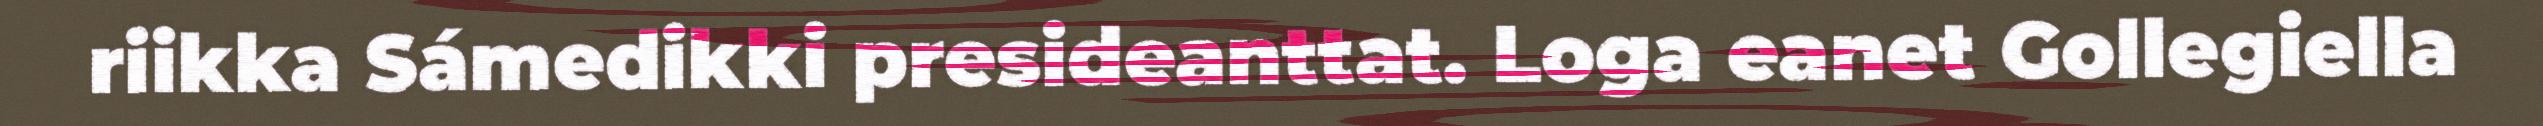
riikka Sámedikki presideanttat. Loga eanet Gollegiella